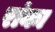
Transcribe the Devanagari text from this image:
रांका